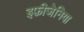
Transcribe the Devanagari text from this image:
इफ़ीजेनिया